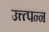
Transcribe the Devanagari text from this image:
उत्त्त्पन्न